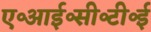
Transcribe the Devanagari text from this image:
ए॰आई॰सी॰टी॰ई